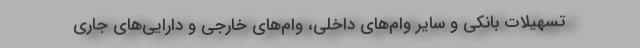
تسهیلات بانکی و سایر وام‌های داخلی، وام‌های خارجی و دارایی‌های جاری